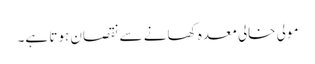
مولی خالی معدہ کھانے سے نقصان ہوتا ہے۔